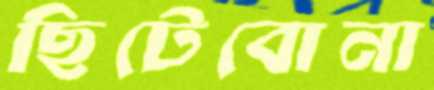
ছিটেবোনা